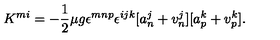
K ^ { m i } = - \frac { 1 } { 2 } \mu g \epsilon ^ { m n p } \epsilon ^ { i j k } [ a _ { n } ^ { j } + v _ { n } ^ { j } ] [ a _ { p } ^ { k } + v _ { p } ^ { k } ] .